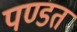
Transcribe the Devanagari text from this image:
पण्डत